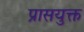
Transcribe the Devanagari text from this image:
प्रासयुक्त